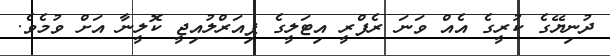
ދުނިޔޭގެ ކުރީގެ އެއް ވަނަ ރެފްރީ އިޓަލީގެ ޕިއަރްލުއިޖީ ކޮލީނާ އަށް ވުމެވެ.